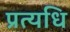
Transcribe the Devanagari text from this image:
प्रत्यधि